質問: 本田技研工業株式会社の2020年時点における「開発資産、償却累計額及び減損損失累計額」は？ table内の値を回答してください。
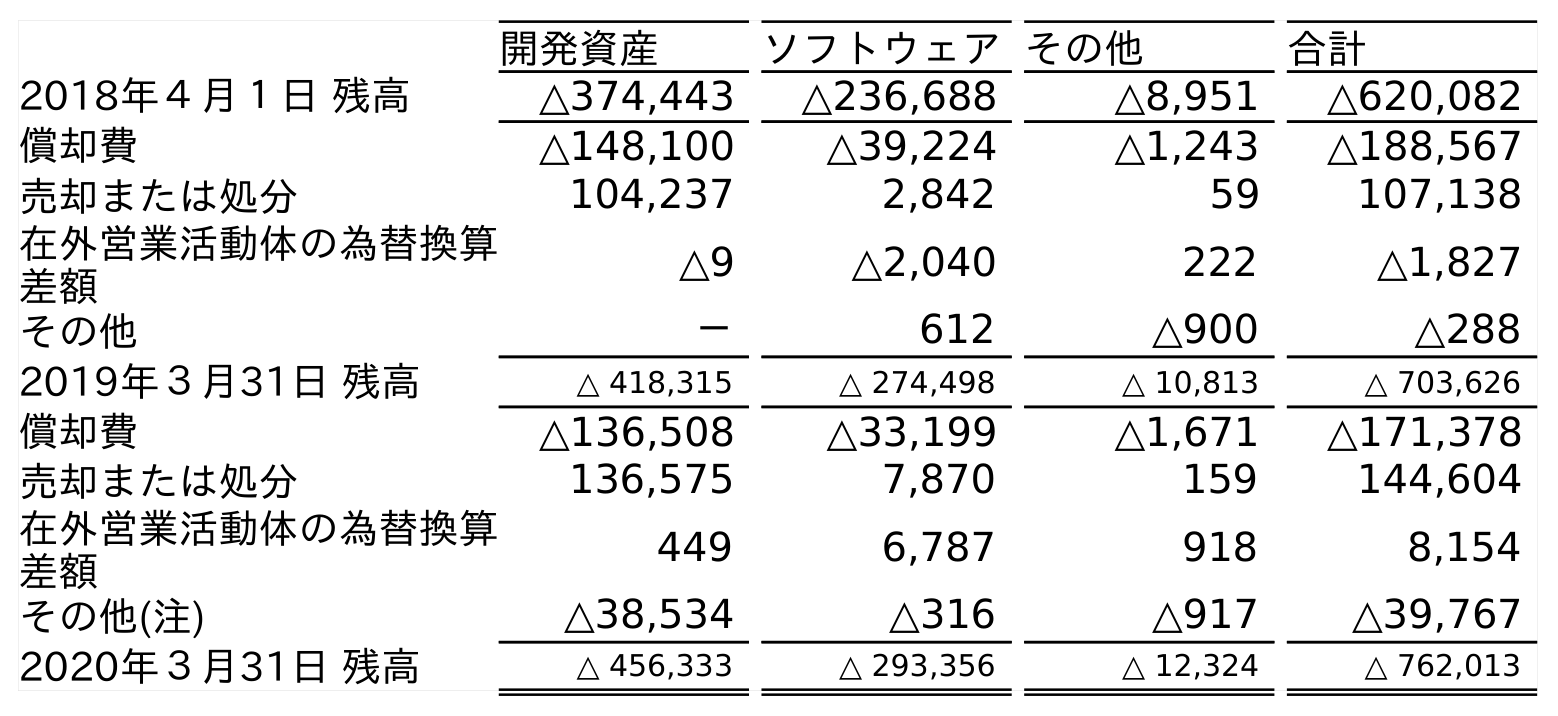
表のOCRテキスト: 開発資産 ソフトウェアその他 合計 2018年４月１日 残高 △374,443 △236,688 △8,951 △620,082 償却費 △148,100 △39,224 △1,243 △188,567 売却または処分 104,237 2,842 59 107,138 在外営業活動体の為替換算 差額 △9 △2,040 222 △1,827 その他 － 612 △900 △288 2019年３月31日 残高 △ 418,315 △ 274,498 △ 10,813 △ 703,626 償却費 △136,508 △33,199 △1,671 △171,378 売却または処分 136,575 7,870 159 144,604 在外営業活動体の為替換算 差額 449 6,787 918 8,154 その他(注) △38,534 △316 △917 △39,767 2020年３月31日 残高 △ 456,333 △ 293,356 △ 12,324 △ 762,013
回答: △456,333